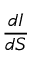
\frac { d I } { d S }